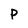
Character: p